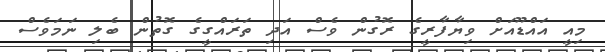
މިއީ އައްޑޫއަށް ވިޔާފާރީގެ ރޮގުން ވެސް އަދި ތަރައްގީގެ ގޮތުން ބެލި ނަމަވެސް